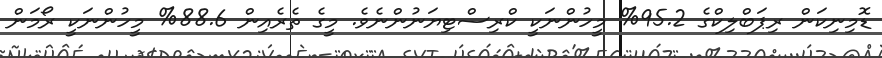
ޑޮމިނިކަން ރިޕަބްލިކްގެ 95.2% މީހުންނަކީ ކްރިސްޓިޔަނުންނެވެ. މީގެ ތެރެއިން 88.6% މީހުންނަކީ ރޯމަން